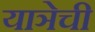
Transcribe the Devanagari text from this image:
याञेची